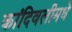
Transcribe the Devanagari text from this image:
कांदिवलीमधे